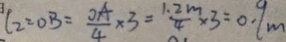
l _ { 2 } = O B = \frac { O A } { 4 } \times 3 = \frac { 1 . 2 m } { 4 } \times 3 = 0 . 9 m